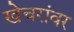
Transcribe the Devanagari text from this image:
खेचरांवर